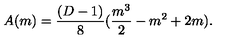
A ( m ) = \frac { ( D - 1 ) } { 8 } ( \frac { m ^ { 3 } } { 2 } - m ^ { 2 } + 2 m ) .